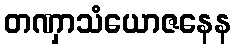
တဏှာသံယောဇနေန